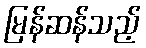
မြန်ဆန်သည့်